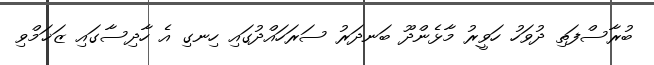
ބުރާސްފަތި ދުވަހު ހަވީރު މާޅެންދޫ ބަނދަރު ސަރަހައްދުގައި ހިނގި އެ ހާދިސާގައި ޒަޚަމްވި